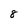
Character: 8